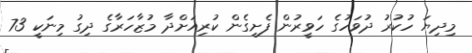
މިދިޔަ ހުކުރު ދުވަހުގެ ހަވީރުން ފެށިގެން ކުރިއަށްދާ މުޒާހަރާގެ ދިގު މިނަކީ 73